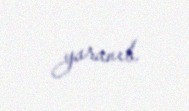
yaranıb.